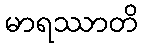
မာရဿာတိ